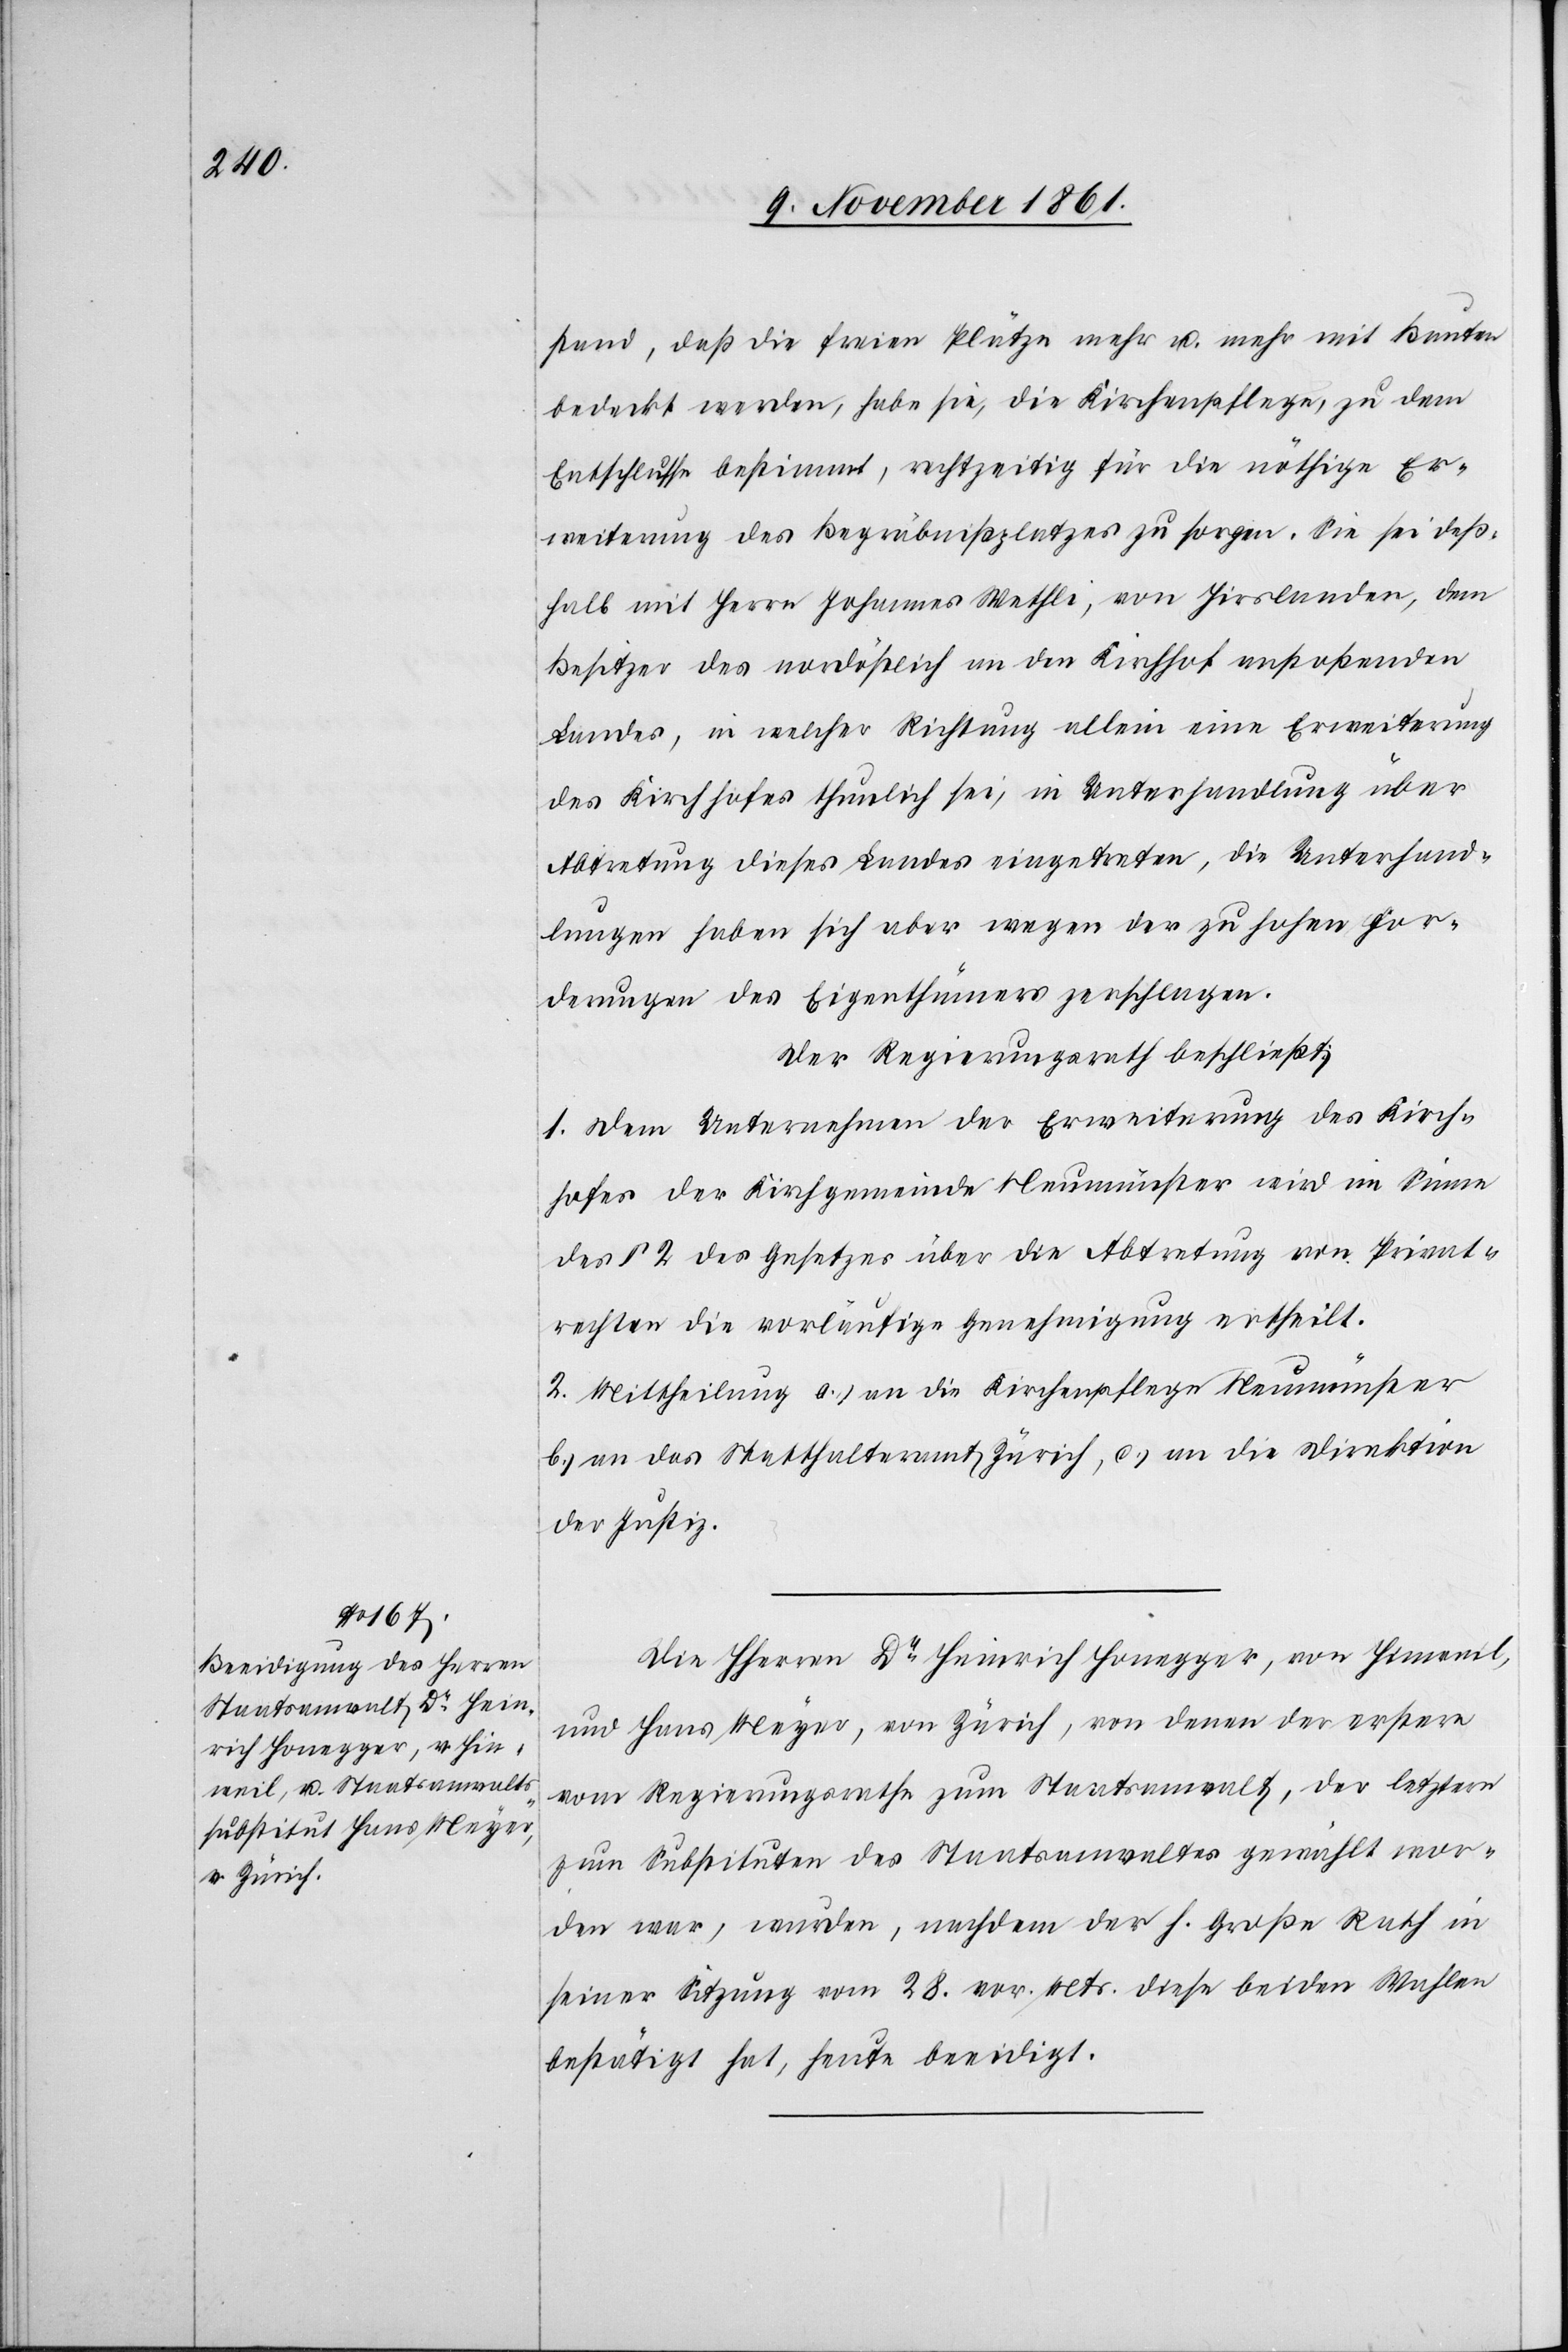
stand, daß die freien Plätze mehr u. mehr mit Bauten
bedeckt werden, habe sie, die Kirchenpflege, zu dem
Entschlusse bestimmt, rechtzeitig für die nöthige Er¬
weiterung des Begräbnißplatzes zu sorgen. Sie sei deß¬
halb mit Herrn Johannes Wethli von Hirslanden, dem
Besitzer des nordöstlich an den Kirchhof anstoßenden
Landes, in welcher Richtung allein eine Erweiterung
des Kirchhofes thunlich sei, in Unterhandlung über
Abtretung dieses Landes eingetreten, die Unterhand¬
lungen haben sich aber wegen der zu hohen For¬
derungen des Eigenthümers zerschlagen.
Der Regierungsrath beschließt:
1. Dem Unternehmen der Erweiterung des Kirch¬
hofes der Kirchgemeinde Neumünster wird im Sinne
des § 2 des Gesetzes über die Abtretung von Privat¬
rechten die vorläufige Genehmigung ertheilt.
2. Mittheilung a.) an die Kirchenpflege Neumünster
b.) an das Statthalteramt Zürich, c.) an die Direktion
der Justiz.
Die HHerren Dr Heinrich Honegger, von Hinweil,
und Hans Meyer, von Zürich, von denen der erstere
vom Regierungsrathe zum Staatsanwalt, der letztere
zum Substituten des Staatsanwaltes gewählt wor¬
den war, wurden, nachdem der h. Große Rath in
seiner Sitzung vom 28 vor. Mts. diese beiden Wahlen
bestätigt hat, heute beeidigt.